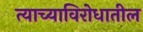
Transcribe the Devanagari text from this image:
त्याच्याविरोधातील